Civil Veterinary Dept. Bombay admin report 1914-1922 - 1914-1922
Year: 1914
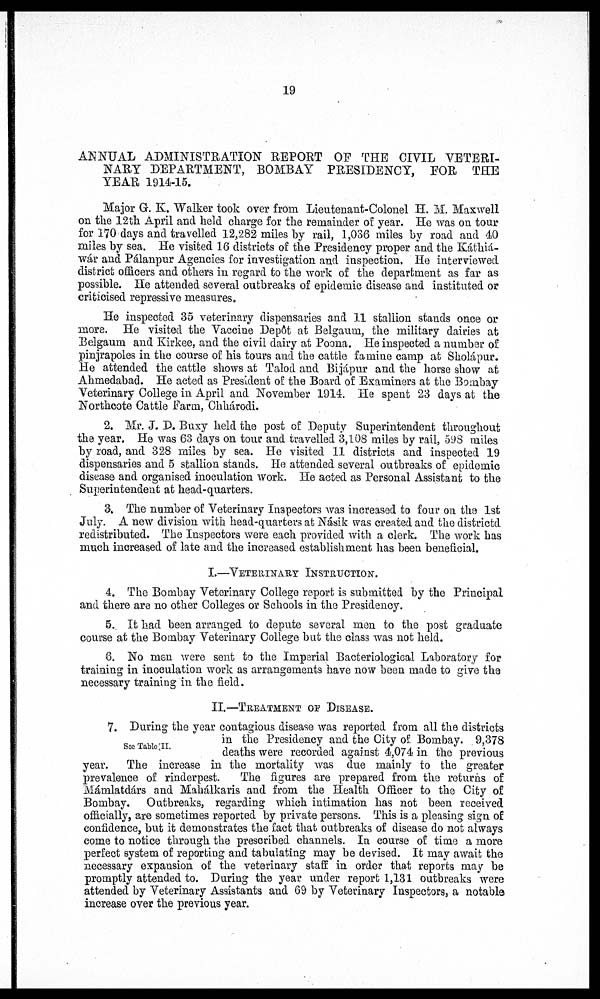
19
ANNUAL ADMINISTRATION REPORT OF THE CIVIL VETERI-
NARY DEPARTMENT, BOMBAY PRESIDENCY,
FOR
THE
YEAR 1914-15.
Major G. K. Walker took over from Lieutenant-Colonel H. M. Maxwell
on the 12th April and held charge for the remainder of year. He was on tour
for 170 days and travelled 12,282 miles by rail, 1,036 miles by road and 40
miles by sea. He visited 16 districts of the Presidency proper and the Káthiá-
wár and Pálanpur Agencies for investigation and inspection. He interviewed
district officers and others in regard to the work of the department as far as
possible. He attended several outbreaks of epidemic disease and instituted or
criticised repressive measures.
He inspected 35 veterinary dispensaries and 11 stallion stands once or
more. He visited the Vaccine Depôt at Belgaum, the military dairies at
Belgaum and Kirkee, and the civil dairy at Poona. He inspected a number of
pinjrapoles in the course of his tours and the cattle famine camp at Sholápur.
He attended the cattle shows at Talod and Bijápur and the horse show at
Ahmedabad. He acted as President of the Board of Examiners at the Bombay
Veterinary College in April and November 1914. He spent 23 days at the
Northcote Cattle Farm, Chhárodi.
2. Mr. J. D. Buxy held the post of Deputy Superintendent throughout
the year. He was 63 days on tour and travelled 3,108 miles by rail, 598 miles
by road, and 328 miles by sea. He visited 11 districts and inspected 19
dispensaries and 5 stallion stands. He attended several outbreaks of epidemic
disease and organised inoculation work. He acted as Personal Assistant to the
Superintendent at head-quarters.
3. The number of Veterinary Inspectors was increased to four on the 1st
July. A new division with head-quarters at Násik was created and the districtd
redistributed. The Inspectors were each provided with a clerk. The work has
much increased of late and the increased establishment has been beneficial.
I.—VETERINARY INSTRUCTION.
4. The Bombay Veterinary College report is submitted by the Principal
and there are no other Colleges or Schools in the Presidency.
5. It had been arranged to depute several men to the post graduate
course at the Bombay Veterinary College but the class was not held.
6. No men were sent to the Imperial Bacteriological Laboratory for
training in inoculation work as arrangements have now been made to give the
necessary training in the field.
II.—TREATMENT OF DISEASE.
See Table II.
7. During the year contagious disease was reported from all the districts
in the Presidency and the City of Bombay. 9,378
deaths were recorded against 4,074 in the previous
The increase in the mortality was due mainly to the greater
prevalence of rinderpest.
The figures are prepared from the returns of
Mámlatdárs and Mahálkaris and from the Health Officer to the City of
Bombay. Outbreaks, regarding which intimation has not been received
officially, are sometimes reported by private persons. This is a pleasing sign of
confidence, but it demonstrates the fact that outbreaks of disease do not always
come to notice through the prescribed channels. In course of time a more
perfect system of reporting and tabulating may be devised. It may await the
necessary expansion of the veterinary staff in order that reports may be
promptly attended to. During the year under report 1,131 outbreaks were
attended by Veterinary Assistants and 69 by Veterinary Inspectors, a notable-
increase over the previous year.